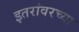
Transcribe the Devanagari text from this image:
इतरांवरच्या